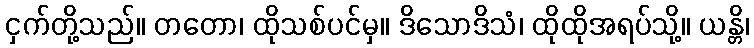
ငှက်တို့သည်။ တတော၊ ထိုသစ်ပင်မှ။ ဒိသောဒိသံ၊ ထိုထိုအရပ်သို့။ ယန္တိ၊